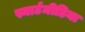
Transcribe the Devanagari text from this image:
स्मार्टमीडिया